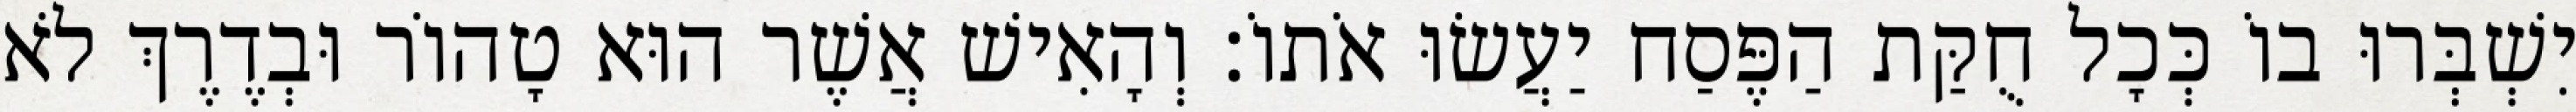
יִשְׁבְּרוּ בוֹ כְּכָל חֻקַּת הַפֶּסַח יַעֲשׂוּ אֹתוֹ׃ וְהָאִישׁ אֲשֶׁר הוּא טָהוֹר וּבְדֶרֶךְ לֹא